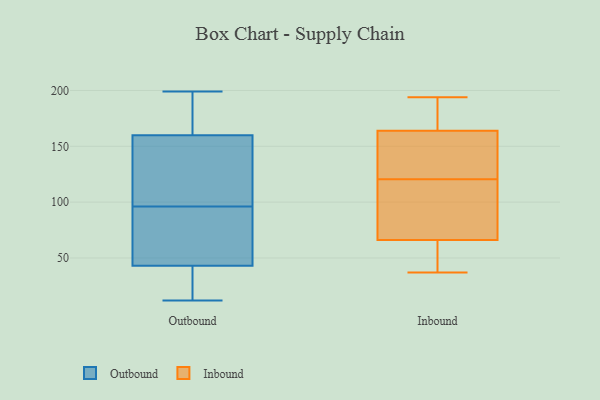
{"axis": {"x": "LTV (USD)", "y": "Value"}, "legend": ["Inbound", "Outbound"], "data": [{"x": "", "y": 132, "type": "Outbound"}, {"x": "", "y": 28, "type": "Outbound"}, {"x": "", "y": 123, "type": "Outbound"}, {"x": "", "y": 87, "type": "Outbound"}, {"x": "", "y": 105, "type": "Outbound"}, {"x": "", "y": 58, "type": "Outbound"}, {"x": "", "y": 59, "type": "Outbound"}, {"x": "", "y": 163, "type": "Outbound"}, {"x": "", "y": 192, "type": "Outbound"}, {"x": "", "y": 12, "type": "Outbound"}, {"x": "", "y": 178, "type": "Outbound"}, {"x": "", "y": 24, "type": "Outbound"}, {"x": "", "y": 199, "type": "Outbound"}, {"x": "", "y": 20, "type": "Outbound"}, {"x": "", "y": 157, "type": "Outbound"}, {"x": "", "y": 71, "type": "Outbound"}, {"x": "", "y": 55, "type": "Inbound"}, {"x": "", "y": 45, "type": "Inbound"}, {"x": "", "y": 119, "type": "Inbound"}, {"x": "", "y": 61, "type": "Inbound"}, {"x": "", "y": 37, "type": "Inbound"}, {"x": "", "y": 84, "type": "Inbound"}, {"x": "", "y": 144, "type": "Inbound"}, {"x": "", "y": 106, "type": "Inbound"}, {"x": "", "y": 122, "type": "Inbound"}, {"x": "", "y": 167, "type": "Inbound"}, {"x": "", "y": 194, "type": "Inbound"}, {"x": "", "y": 98, "type": "Inbound"}, {"x": "", "y": 164, "type": "Inbound"}, {"x": "", "y": 66, "type": "Inbound"}, {"x": "", "y": 192, "type": "Inbound"}, {"x": "", "y": 143, "type": "Inbound"}, {"x": "", "y": 126, "type": "Inbound"}, {"x": "", "y": 172, "type": "Inbound"}]}